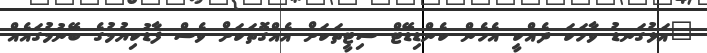
"އަޅުގަނޑު ވާހަކަ ދެއްކީ އެހެން ކެންޑިޑޭޓް ސިޓީތަކަށް އެއްގޮތަކަށް ވެސް ފާޑުކިޔުމުގެ ބޭނުމުގައެއް